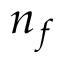
n _ { f }